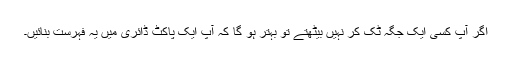
اگر آپ کسی ایک جگہ ٹک کر نہیں بیٹھتے تو بہتر ہو گا کہ آپ ایک پاکٹ ڈائری میں یہ فہرست بنائیں۔